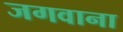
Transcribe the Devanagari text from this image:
जगवाना